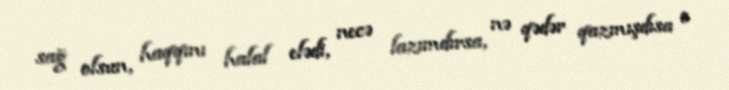
sağ olsun, haqqını halal elədi, necə lazımdırsa, nə qədər qazmışdısa o